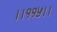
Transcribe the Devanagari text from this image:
।।११५।।